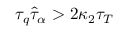
\tau _ { q } \hat { \tau } _ { \alpha } > 2 \kappa _ { 2 } \tau _ { T }